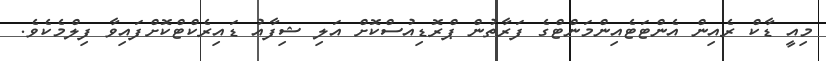
މިއީ ޑާކް ރެއިން އެންޓަޓެއިންމަންޓްގެ ފަރާތުން ޕްރޮޑިއުސްކޮށް އަލި ޝިފާއު ޑައިރެކްޓްކޮށްފައިވާ ފިލްމެކެވެ.